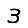
Digit: 3